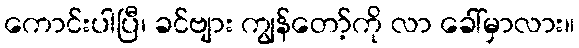
ကောင်းပါပြီ၊ ခင်ဗျား ကျွန်တော့်ကို လာ ခေါ်မှာလား။